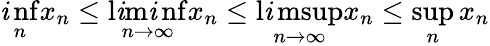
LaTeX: \operatorname*{\mathit{i}nf}_{n}x_{n}\leq\operatorname*{l\mathit{i}m\mathit{i}nf}_{n\to\infty}x_{n}\leq\operatorname*{l\mathit{i}msup}_{n\to\infty}x_{n}\leq\operatorname*{sup}_{n}x_{n}